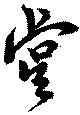
虞